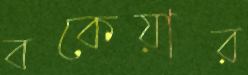
বকেয়ার